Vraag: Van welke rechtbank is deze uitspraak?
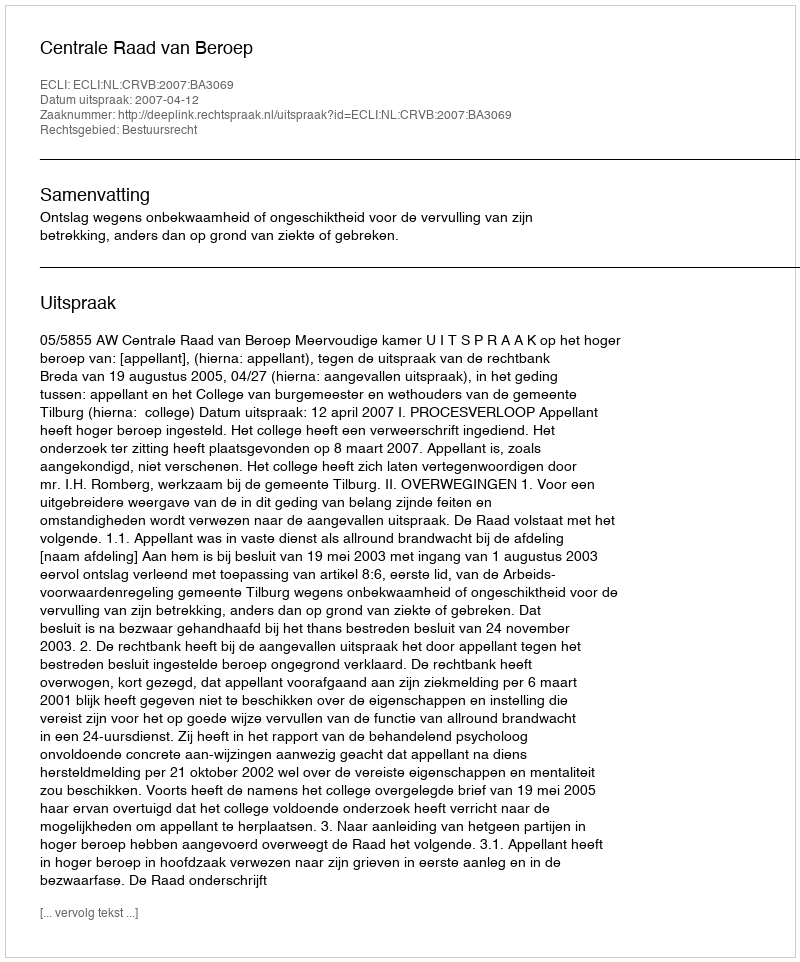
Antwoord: Centrale Raad van Beroep